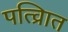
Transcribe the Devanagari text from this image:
पत्व्राित